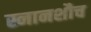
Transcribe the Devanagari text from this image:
स्नानशौच